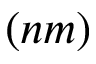
( n m )